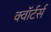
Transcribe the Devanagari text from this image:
क्वॉर्टर्स